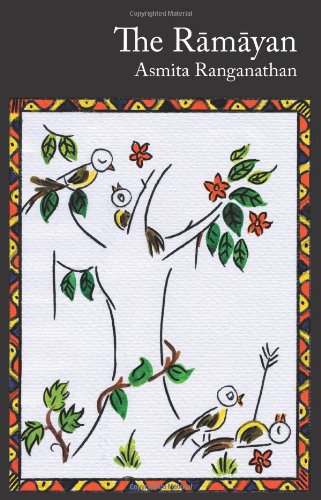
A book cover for The Ramayan; Asmita Ranganathan; Teen & Young Adult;